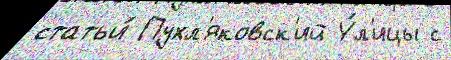
статьи́ Пухл'яковск'ий У́л'ицы с